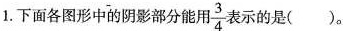
1.下面各图形中的阴影部分能用\frac{3}{4}表示的是( )。